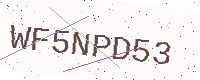
Text: WF5NPD53